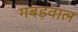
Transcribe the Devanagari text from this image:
गबड़वाल